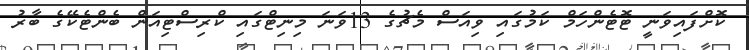
ކޮށްފައިވަނީ ޓޮޓެންހަމް ކަމުގައި ވިއަސް މެޗުގެ 13ވަނަ މިނިޓްގައި ކްރިސްޓިއަން ބެންޓެކޭގެ ބާރު